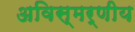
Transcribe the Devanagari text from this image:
अविस्मर्णीय